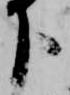
下